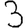
Digit: 3